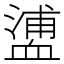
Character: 𧗉